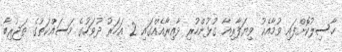
ހާސިލުކޮށްފައި ވުމާއެކު ވިޔަފާރިއާ ގުޅުންހުރި ދާއިރާއެއްގައި 2 އަހަރު ދުވަހުގެ މަސައްކަތުގެ ތަޖުރިބާ